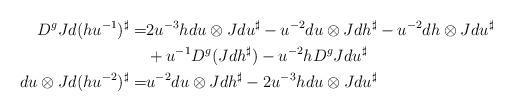
LaTeX: \begin{align*}\begin{aligned}D^g Jd(hu^{-1})^\sharp=&2u^{-3}h du\otimes Jdu^\sharp - u^{-2} du\otimes Jdh^\sharp - u^{-2}dh\otimes Jdu^\sharp\\& + u^{-1}D^g(Jdh^\sharp) - u^{-2}h D^gJdu^\sharp\\du\otimes Jd(hu^{-2})^\sharp =& u^{-2}du\otimes Jdh^\sharp - 2u^{-3} h du\otimes Jdu^\sharp\end{aligned}\end{align*}